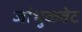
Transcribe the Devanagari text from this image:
जांभुळवेट